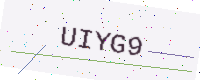
Text: UIYG9